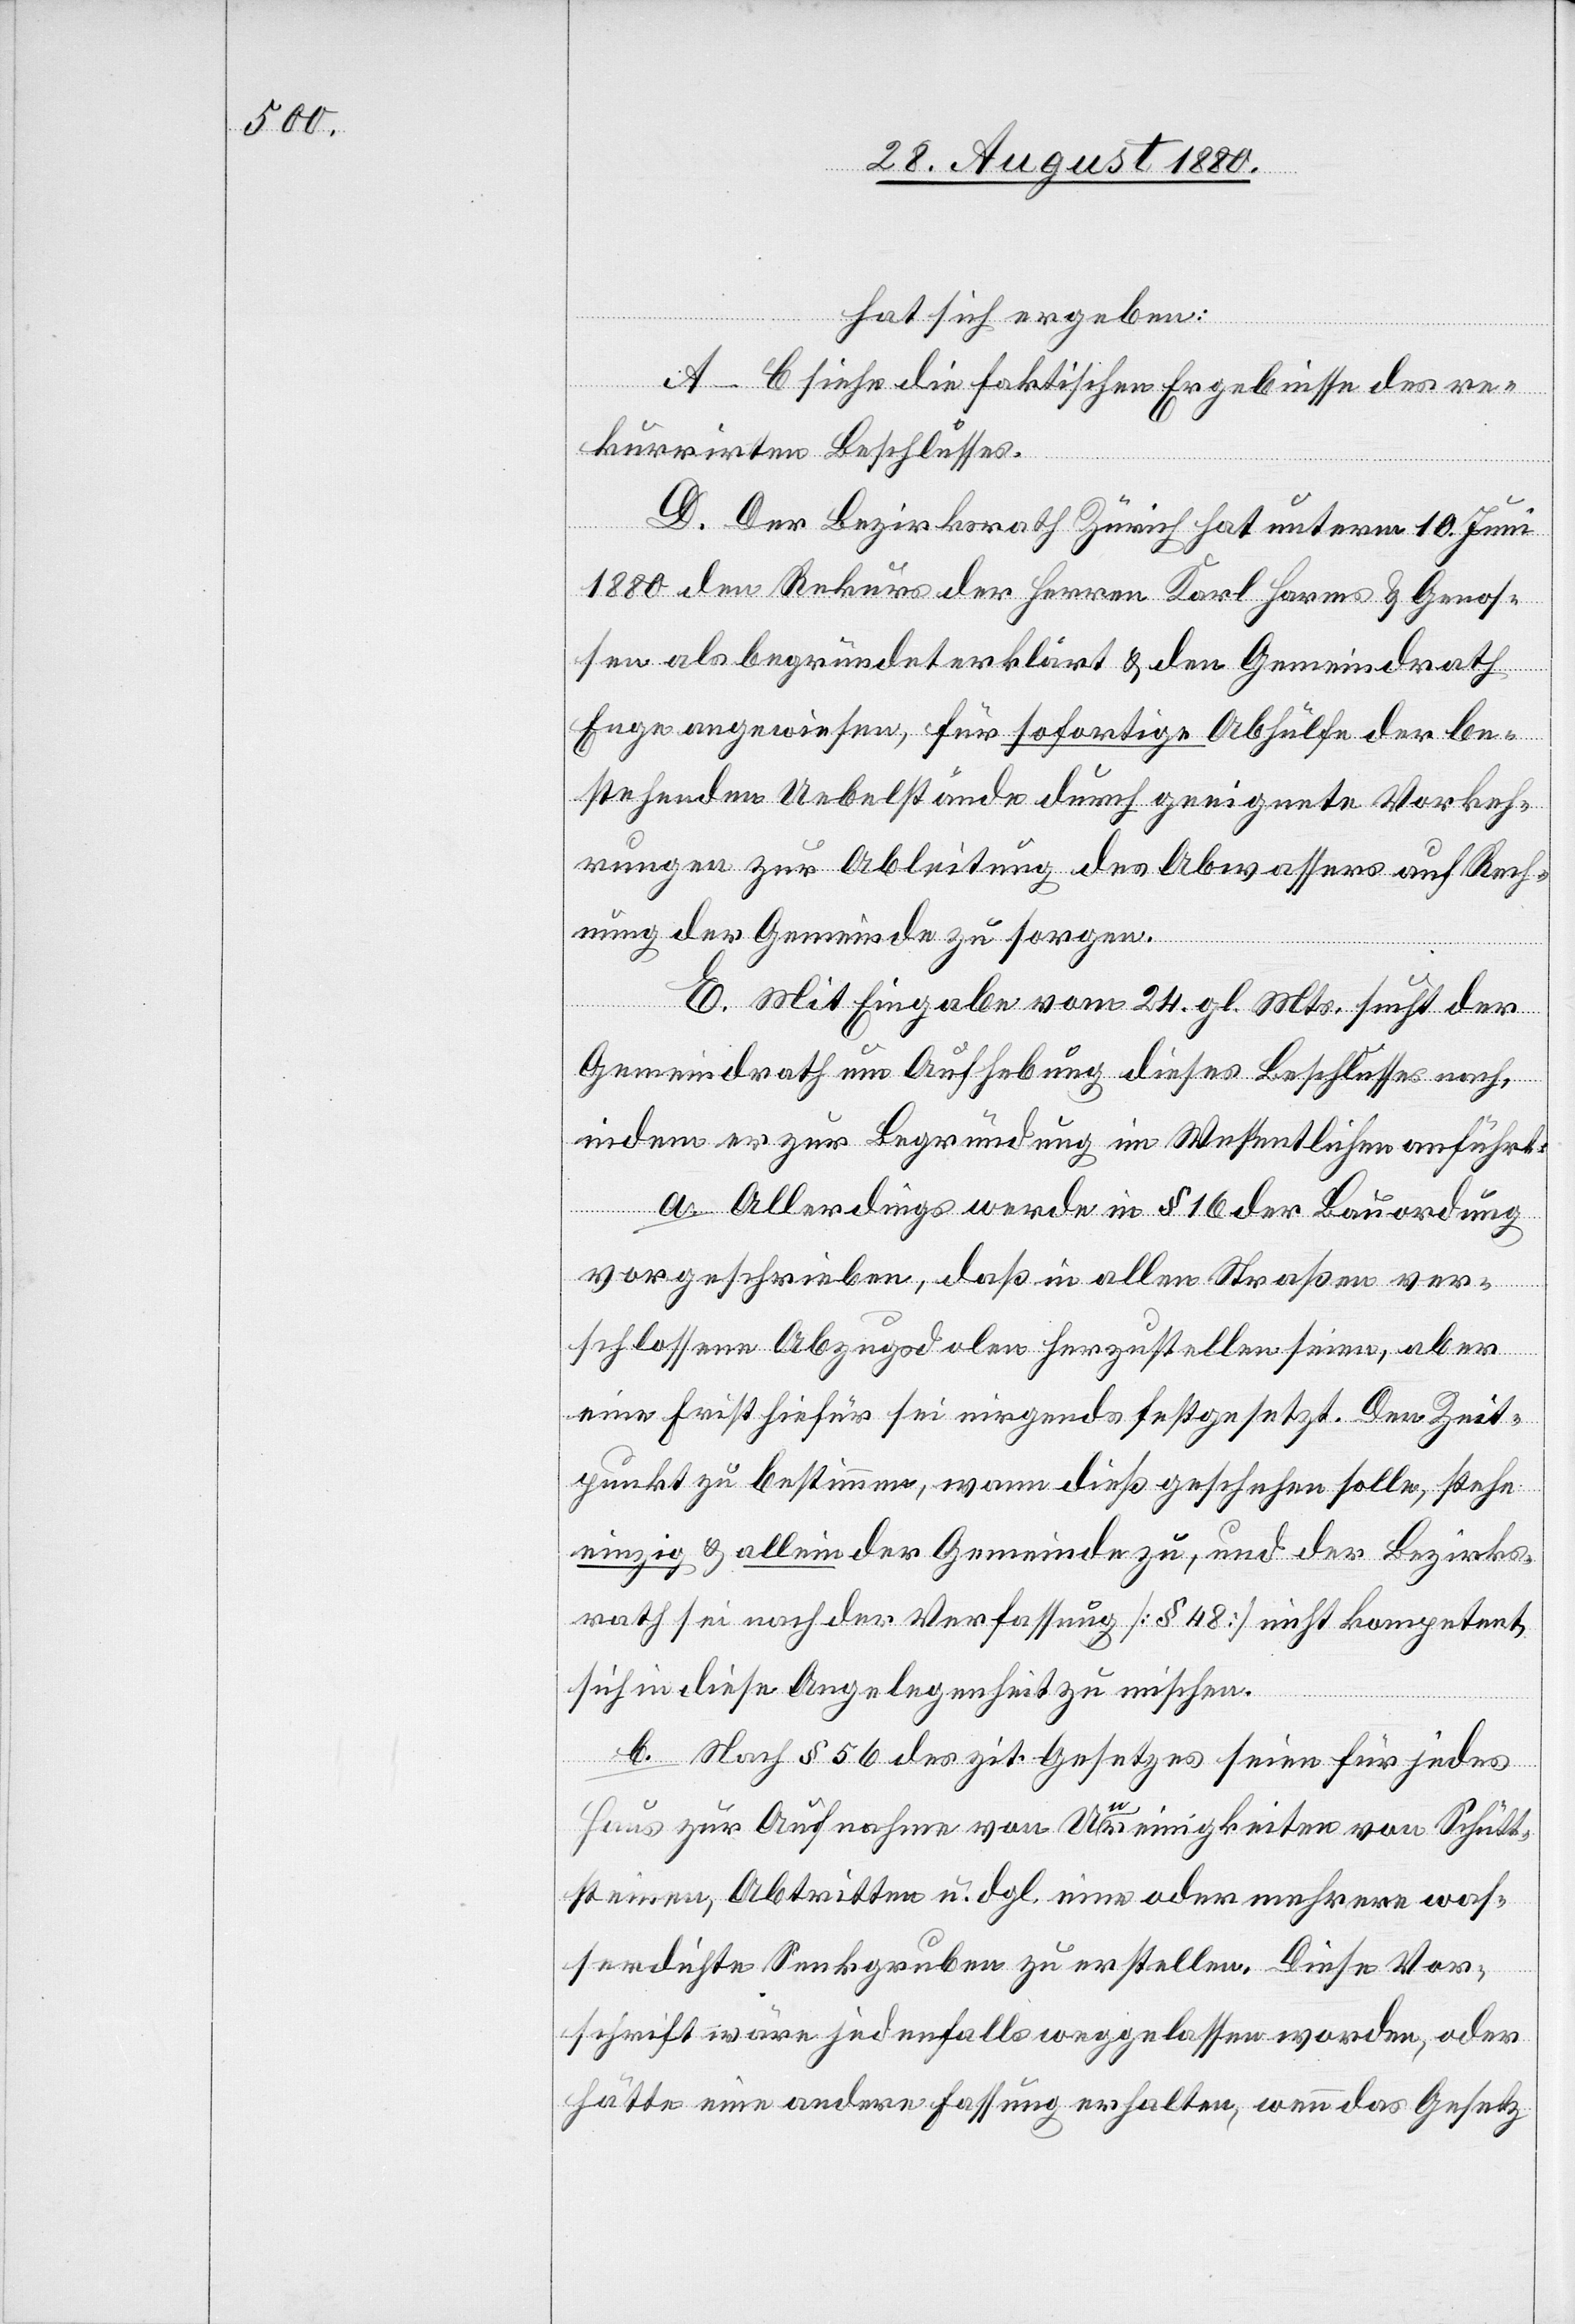
hat sich ergeben:
A–C siehe die faktischen Ergebnisse des re¬
kurrirten Beschlusses.
D. Der Bezirksrath Zürich hat unterm 10. Juni
1880 den Rekurs der Herren Karl Harms & Genos¬
sen als begründet erklärt & den Gemeindrath
Enge angewiesen, für sofortige Abhülfe der be¬
stehenden Uebelstände durch geeignete Vorkeh¬
rungen zur Ableitung des Abwassers auf Rech¬
nung der Gemeinde zu sorgen.
E. Mit Eingabe vom 24. gl. Mts. sucht der
Gemeindrath um Aufhebung dieses Beschlusses nach,
indem er zur Begründung im Wesentlichen anführt:
a. Allerdings werde in § 16 der Bauordnung
vorgeschrieben, daß in allen Straßen ver¬
schlossene Abzugsdolen herzustellen seine, aber
eine Frist hiefür sie nirgends festgesetzt. Den Zeit¬
punkt zu bestimmen, wann dieß geschehen solle, stehe
einzig & allein der Gemeinde zu, und der Bezirks¬
rath sei nach der Verfassung [§ 48] nicht kompetent
sich in diese Angelegenheit zu mischen.
b. Nach § 56 des zit. Gesetzes seien für jedes
Haus zur Aufnahme von Unreinigkeiten von Schutt¬
steinen, Abtritten u. dgl. eine oder mehrere was¬
serdichte Senkgruben zu erstellen. Diese Vor¬
schrift wäre jedenfalls weggelassen worden, oder
hätte eine andere Fassung erhalten, wenn das Gesetz